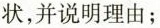
状，并说明理由；